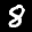
Label: 8